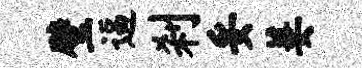
璧逼刹妥萋